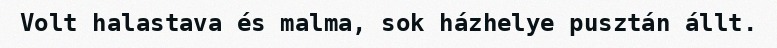
Volt halastava és malma, sok házhelye pusztán állt.